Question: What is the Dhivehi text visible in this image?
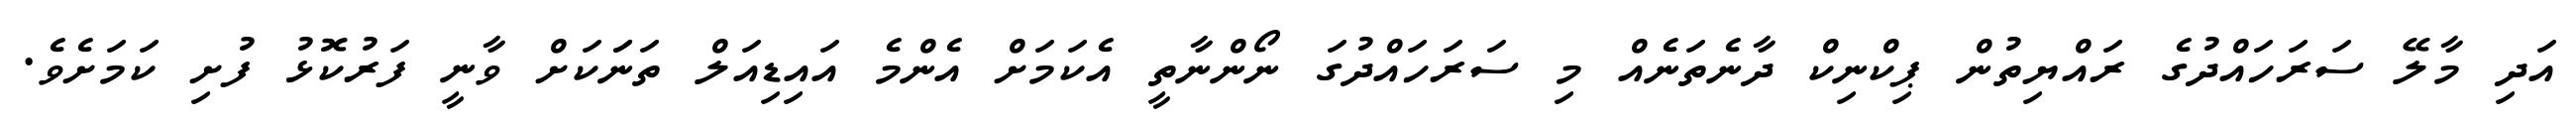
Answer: އަދި މާލޭ ސަރަހައްދުގެ ރައްޔިތުން ޕިކްނިކް ދާނެތަނެއް މި ސަރަހައްދުގަ ނޯންނާތީ އެކަމަށް އެންމެ އައިޑިއަލް ތަނަަކަށް ވާނީ ފަރުކޮޅު ފުށި ކަމަށެވެ.